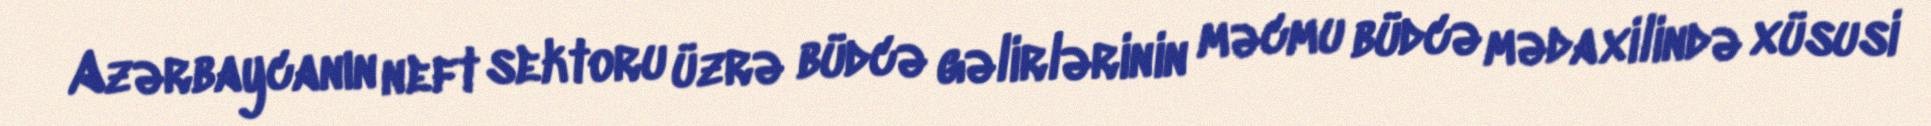
Azərbaycanın neft sektoru üzrə büdcə gəlirlərinin məcmu büdcə mədaxilində xüsusi